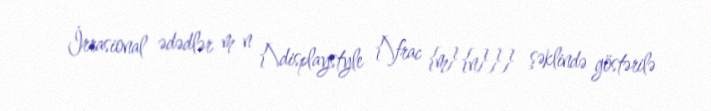
İrrasional ədədlər m n {\displaystyle {\frac {m}{n}}} şəklində göstərilə